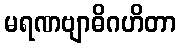
မရဏဗျာဓိဂဟိတာ